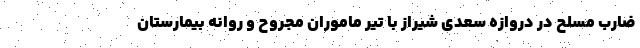
ضارب مسلح در دروازه سعدی شیراز با تیر ماموران مجروح و روانه بیمارستان